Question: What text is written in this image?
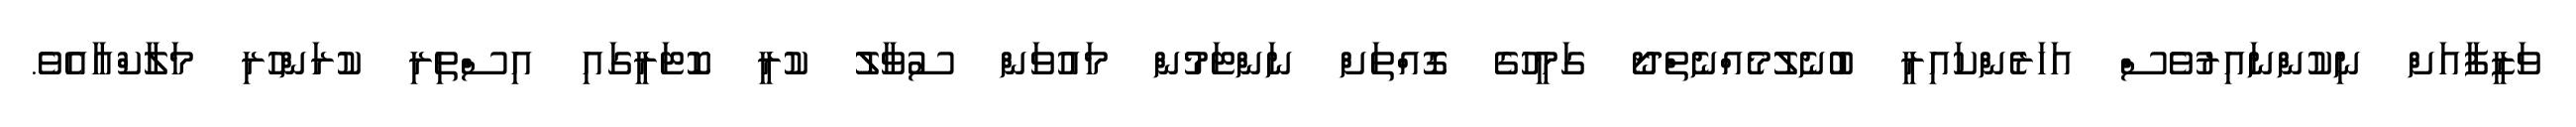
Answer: ވަޒީފާއަށް ނިކުންނައިރުވެސް އަހަރެންކައިރީ ބުނެލުމެއްނެތްދޯ ގަމީހުގެ ގޮއްތަށް ނަންޓަމުން މައުވަން ސުވާލު ކުރީ ކޮޓަރީގައި އިސްތިރި ކުރަންހުރި މަލާކްއާއެވެ.